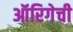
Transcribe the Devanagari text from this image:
ऑरिगेची